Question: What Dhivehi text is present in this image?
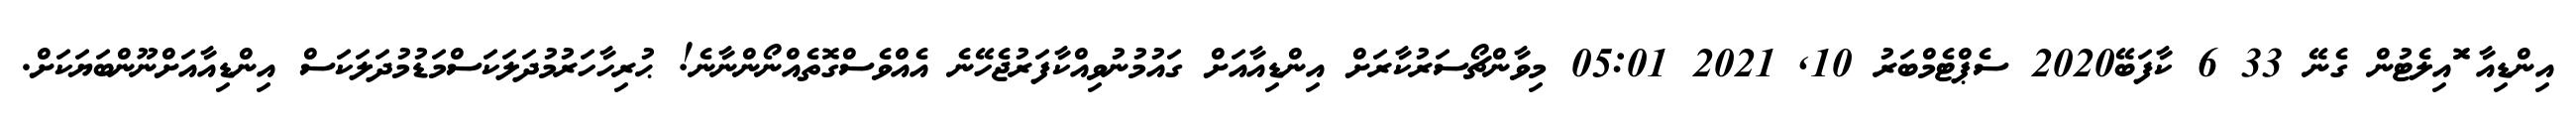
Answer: އިންޑިއާ ޮައިލެޓުން ގެނޭ 33 6 ކާފަބޭ2020 ސެޕްޓެމްބަރު 10, 2021 05:01 މިވާންޗޯސަރުކާރަށް އިންޑިއާއަށް ގައުމުނުވިއްކާފަރުޖެހޭނެ އެއްވެސްގޮތެއްނޯންނާނެ! ޙުރިހާހަރުމުދަލަކަސްމަޑުމުދަލަކަސް އިންޑިއާއަށްނޫންބަޔަކަށް.